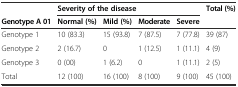
<table><thead><tr><td></td><td colspan="4"><b>Severity of the disease</b></td><td rowspan="2"><b>Total (%)</b></td></tr><tr><td><b>Genotype A 01</b></td><td><b>Normal (%)</b></td><td><b>Mild (%)</b></td><td><b>Moderate</b></td><td><b>Severe</b></td></tr></thead><tbody><tr><td>Genotype 1</td><td>10 (83.3)</td><td>15 (93.8)</td><td>7 (87.5)</td><td>7 (77.8)</td><td>39 (87)</td></tr><tr><td>Genotype 2</td><td>2 (16.7)</td><td>0</td><td>1 (12.5)</td><td>1 (11.1)</td><td>4 (9)</td></tr><tr><td>Genotype 3</td><td>0 (00)</td><td>1 (6.2)</td><td>0</td><td>1 (11.1)</td><td>2 (5)</td></tr><tr><td>Total</td><td>12 (100)</td><td>16 (100)</td><td>8 (100)</td><td>9 (100)</td><td>45 (100)</td></tr></tbody></table>